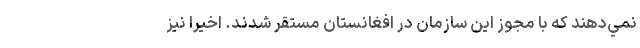
نمي‌دهند كه با مجوز اين سازمان در افغانستان مستقر شدند. اخيرا نيز